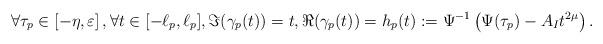
LaTeX: \begin{align*}\forall \tau_p\in\left[-\eta,\varepsilon\right], \forall t\in[-\ell_{p},\ell_{p}],\Im(\gamma_{p}(t))=t, \Re(\gamma_{p}(t))=h_{p}(t):=\Psi^{-1}\left(\Psi(\tau_p)-A_It^{2\mu}\right).\end{align*}